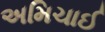
અમિચાઈ